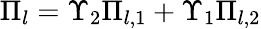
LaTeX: \Pi_{l}=\Upsilon_{2}\Pi_{l,1}+\Upsilon_{1}\Pi_{l,2}